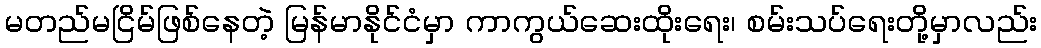
မတည်မငြိမ်ဖြစ်နေတဲ့ မြန်မာနိုင်ငံမှာ ကာကွယ်ဆေးထိုးရေး၊ စမ်းသပ်ရေးတို့မှာလည်း